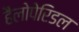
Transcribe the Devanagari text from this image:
हैलोपेरिडल